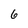
Character: 6